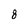
Character: 8